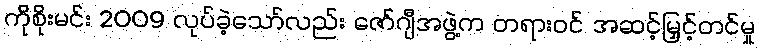
ကိုစိုးမင်း 2009 လုပ်ခဲ့သော်လည်း ဇော်ဂျီအဖွဲ့က တရားဝင် အဆင့်မြှင့်တင်မှု